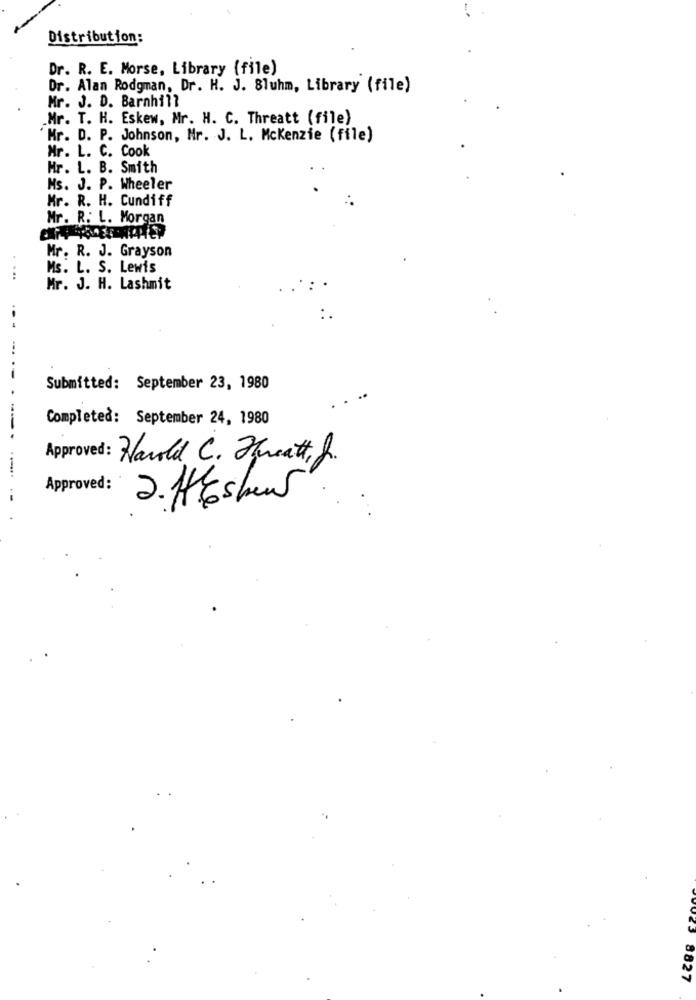
Distribution:
Dr. R. E. Morse, Library (file)
Dr. Alan Rodgman, Dr. H. J. Bluhm, Library (file)
Mr. J. D. Barnhill
Mr. T. H. Eskew, Mr. H. C. Threatt (file)
Mr. D. P. Johnson, Mr. J. L. Mckenzie (file)
Mr. L. C. Cook
Hr. L. B. Smith
Ms. J. P. Wheeler
Mr. R. H. Cundiff
Mr. R. L. Morgan
Mr. R. J. Grayson
Ms. L. S. Lewis
Mr. J. H. Lashmit
-..
--
Submitted: September 23, 1980
Completed: September 24, 1980
--
Approved: Harold C. Treatt, J.
Approved:
2. Hesher
23
8827